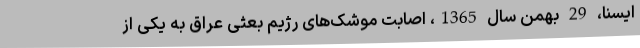
ایسنا، 29 بهمن سال 1365، اصابت موشک‌های رژیم بعثی عراق به یکی از